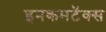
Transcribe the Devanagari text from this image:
इनकमटॅक्स